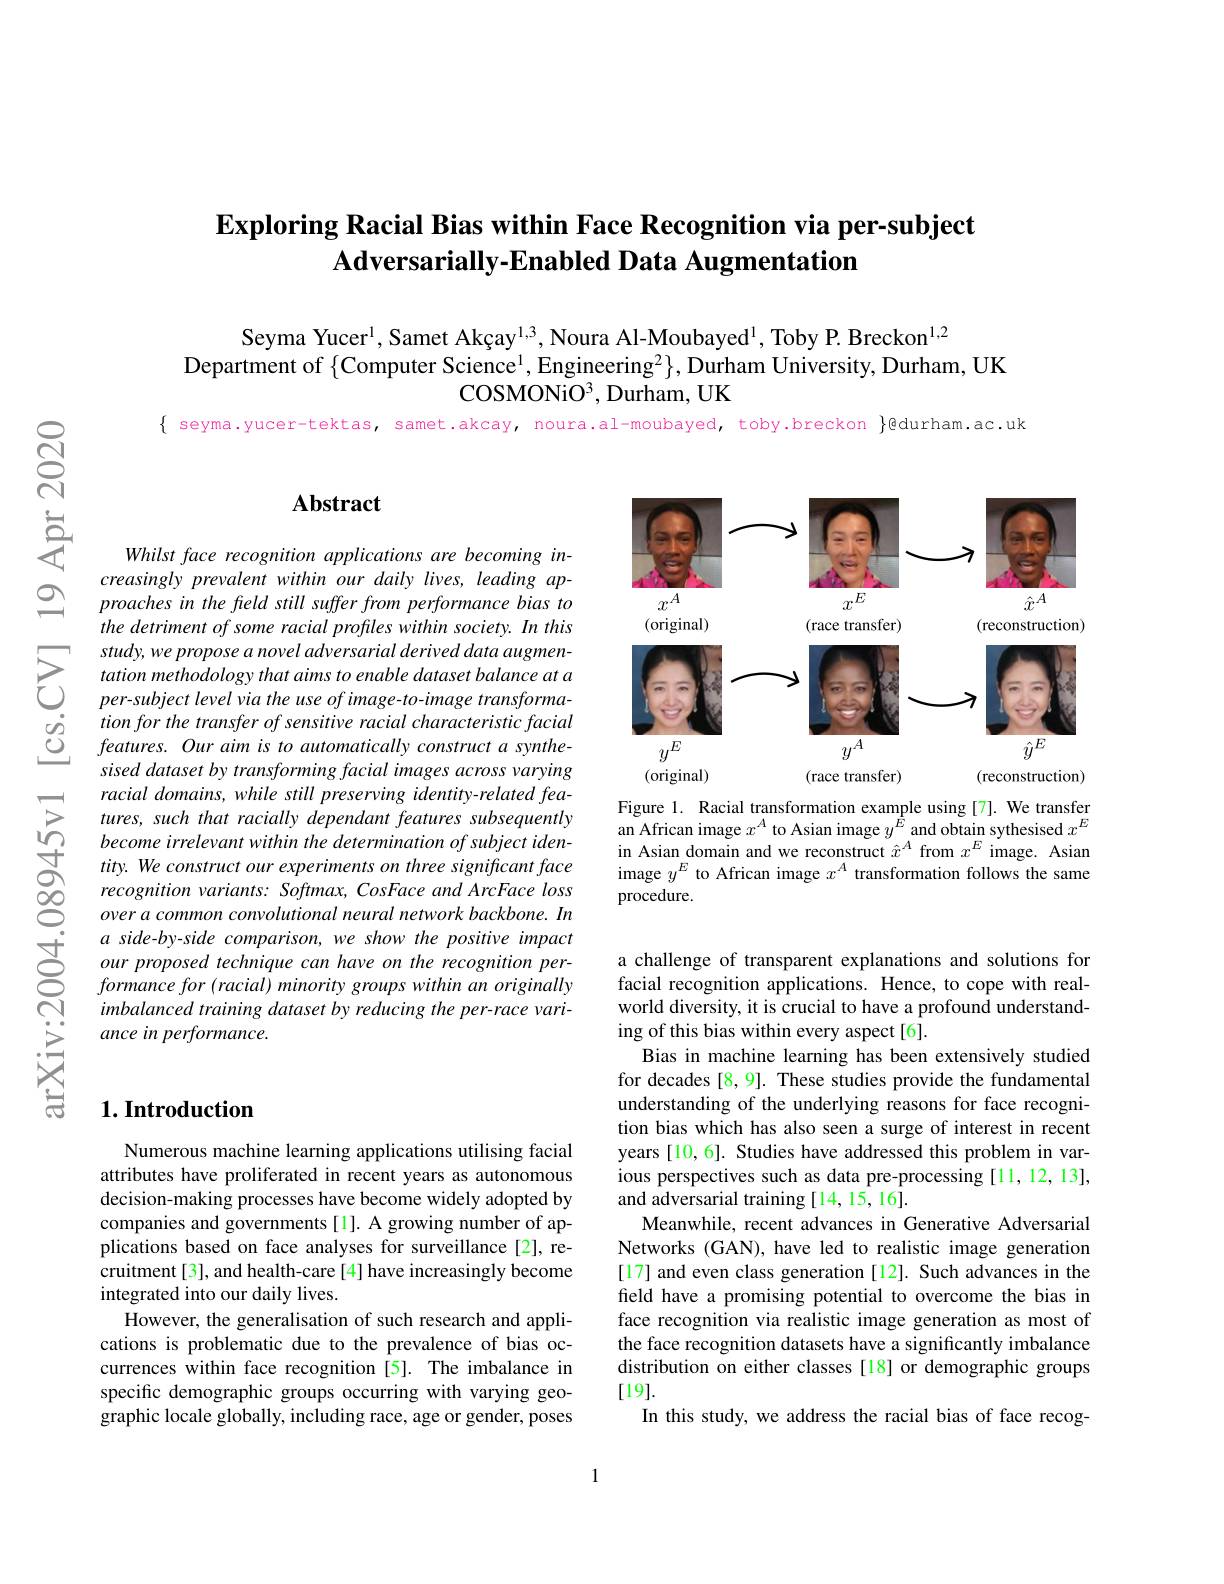
## $\textbf{Exploring Racial Bias within Face Recognition via per- subject}$ Adversarially-Enabled Data Augmentation

Seyma Yucer$^{1}$, Samet Akçay$^{1,3}$, Noura Al-Moubayed$^{1}$, Toby P. Breckon$^{1,2}$
Department of $\{$Computer Science$^1$,Engineering$^2\}$,Durham University, Durham, UK
$\mathrm{COSMONiO}^{3}$,Durham, UK

$\{$ seyma.yucer-tektas, samet.akcay, noura.al-moubayed, toby.breckon $\}$@durham.ac.uk

### $\mathbf{Abstract}$

Whilst face recognition applications are becoming increasingly prevalent within our daily lives, leading approaches in the freld still suffer from performance bias to the detriment of some racial profiles within society. In this study, we propose a novel adversarial derived data augmentation methodology that aims to enable dataset balance at a per-subject level via the use of image- to- image transformation for the transfer of sensitive racial characteristic facial features. Our aim is to automatically construct a synthesised dataset by transforming facial images across varying racial domains, while still preserving identity-related features, such that racially dependant features subsequently become irrelevant within the determination of subject identity. We construct our experiments on three significant face recognition variants: Softmax, CosFace and ArcFace loss over a common convolutional neural network backbone. In a side-by-side comparison, we show the positive impact
imbalanced training dataset by reducing the per-race vari-
ance in performance.

## $1. \textbf{Introduction}$

Numerous machine learning applications utilising facial attributes have proliferated in recent years as autonomous decision-making processes have become widely adopted by companies and governments[1]. A growing number of applications based on face analyses for surveillance[2], recruitment[3], and health-care[4] have increasingly become integrated into our daily lives.
However, the generalisation of such research and applications is problematic due to the prevalence of bias occurrences within face recognition [5]. The imbalance in specific demographic groups occurring with varying geographic locale globally, including race, age or gender, poses

<FigureHere>

Figure 1. Racial transformation example using[7]. We transfer an African image $x^A$ to Asian image $y^{\dot{E}}$ and obtain sythesised $x^E$ in Asian domain and we reconstruct $\hat{x}^A$ from $x^E$ image. Asian image $y^E$ to African image $x^A$ transformation follows the same procedure.

a challenge of transparent explanations and solutions for facial recognition applications. Hence, to cope with realworld diversity, it is crucial to have a profound understanding of this bias within every aspect[6].
Bias in machine learning has been extensively studied for decades [8, 9]. These studies provide the fundamental understanding of the underlying reasons for face recognition bias which has also seen a surge of interest in recent years [10,6]. Studies have addressed this problem in various perspectives such as data pre-processing [11,12,13], and adversarial training [14,15,16].
Meanwhile, recent advances in Generative Adversarial Networks (GAN), have led to realistic image generation [17] and even class generation [12]. Such advances in the field have a promising potential to overcome the bias in face recognition via realistic image generation as most of the face recognition datasets have a significantly imbalance distribution on either classes [18] or demographic groups [19].
In this study, we address the racial bias of face recog-

1